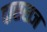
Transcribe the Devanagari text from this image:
दासराज